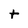
Character: t